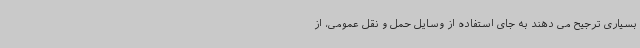
بسیاری ترجیح می دهند به جای استفاده از وسایل حمل و نقل عمومی، از